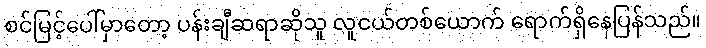
စင်မြင့်ပေါ်မှာတော့ ပန်းချီဆရာဆိုသူ လူငယ်တစ်ယောက် ရောက်ရှိနေပြန်သည်။